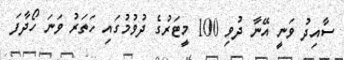
ސާއިދު ވަނީ އޭނާ ދުވި 100 މީޓަރުގެ ދުވުމުގައި ހަތަރު ވަނަ ހޯދާފަ